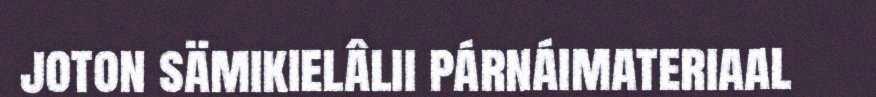
joton sämikielâlii párnáimateriaal